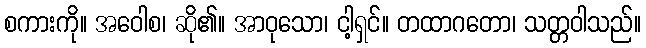
စကားကို။ အဝေါစ၊ ဆို၏။ အာဝုသော၊ ငါ့ရှင်။ တထာဂတော၊ သတ္တဝါသည်။